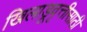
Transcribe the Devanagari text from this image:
खिलाडूवृत्तीसाठी